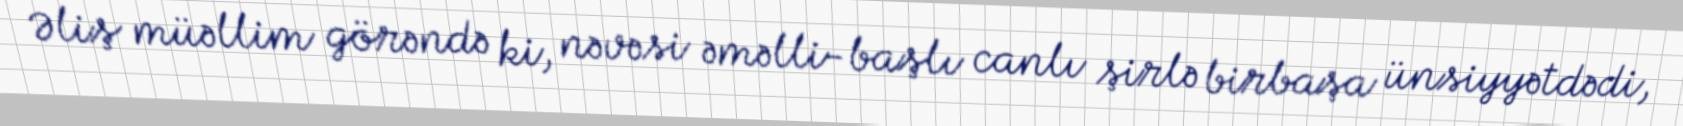
Əliş müəllim görəndə ki, nəvəsi əməlli-başlı canlı şirlə birbaşa ünsiyyətdədi,